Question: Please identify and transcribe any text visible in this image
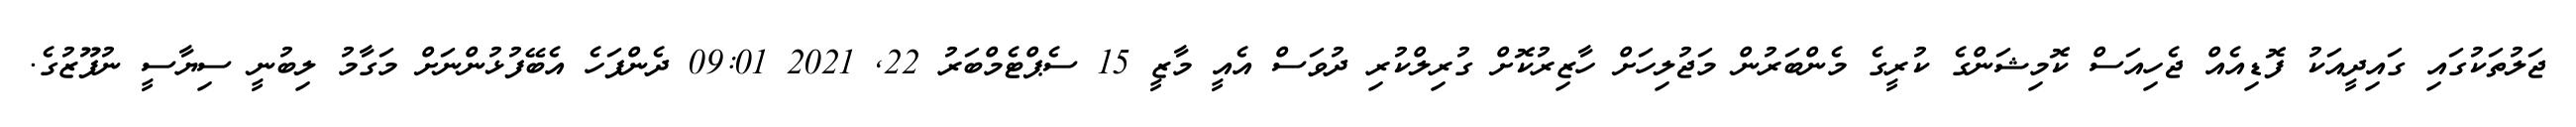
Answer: ޖަލުތަކުގައި ގައިދީއަކު ފޮޑިއެއް ޖެހިއަސް ކޮމިޝަންގެ ކުރީގެ މެންބަރުން މަޖުލިހަށް ހާޒިރުކޮށް ގުރިލްކުރި ދުވަސް އެއީ މާޒީ 15 ސެޕްޓެމްބަރު 22, 2021 09:01 ދެންފަހެ އެބޭފުޅުންނަށް މަގާމު ލިބުނީ ސިޔާސީ ނުފޫޒުގެ.